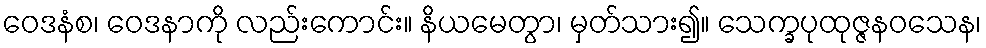
ဝေဒနံစ၊ ဝေဒနာကို လည်းကောင်း။ နိယမေတွာ၊ မှတ်သား၍။ သေက္ခပုထုဇ္ဇနဝသေန၊